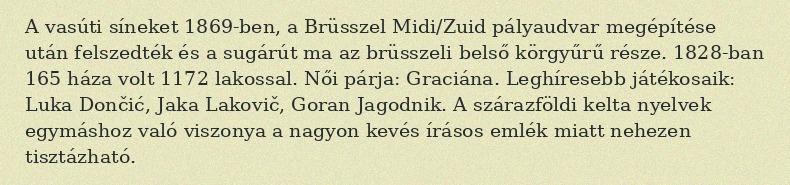
A vasúti síneket 1869-ben, a Brüsszel Midi/Zuid pályaudvar megépítése után felszedték és a sugárút ma az brüsszeli belső körgyűrű része. 1828-ban 165 háza volt 1172 lakossal. Női párja: Graciána. Leghíresebb játékosaik: Luka Dončić, Jaka Lakovič, Goran Jagodnik. A szárazföldi kelta nyelvek egymáshoz való viszonya a nagyon kevés írásos emlék miatt nehezen tisztázható.